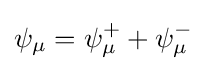
\psi _{\mu }=\psi _{\mu }^{+}+\psi _{\mu }^{-}